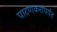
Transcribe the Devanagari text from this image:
पाटणकरांपर्यंत